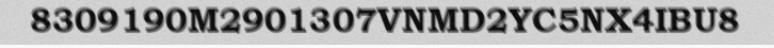
8309190M2901307VNMD2YC5NX4IBU8